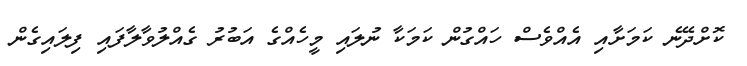
ކޮށްދޭނެ ކަމަށާއި އެއްވެސް ހައްގުން ކަމަކާ ނުލައި މީހެއްގެ އަބުރު ގެއްލުވާލާފައި ފިލައިގެން